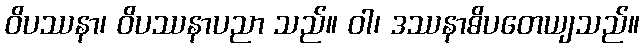
ဝိပဿနာ၊ ဝိပဿနာပညာ သည်။ ဝါ၊ ဒဿနာဓိပတေယျသည်။